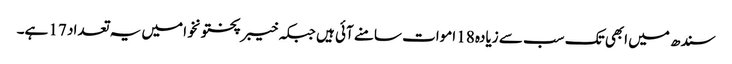
سندھ میں ابھی تک سب سے زیادہ 18 اموات سامنے آئی ہیں جبکہ خیبرپختونخوا میں یہ تعداد 17 ہے۔